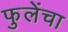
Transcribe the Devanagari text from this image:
फुलेंचा